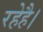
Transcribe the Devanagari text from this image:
रहेहै।